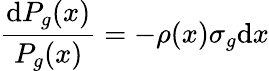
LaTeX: \frac{\mathrm{d}P_{g}(x)}{P_{g}(x)}=-\rho(x)\sigma_{g}\mathrm{d}x